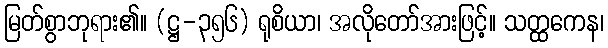
မြတ်စွာဘုရား၏။ (ဋ္ဌ-၃၅၆) ရုစိယာ၊ အလိုတော်အားဖြင့်။ သတ္ထကေန၊